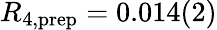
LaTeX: R_{4,\mathrm{prep}}=0.014(2)